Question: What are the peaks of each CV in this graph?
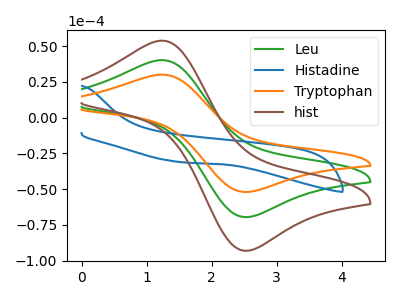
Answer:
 <answer>The green curve "Leu" has an anodic peak at (1.20V, 40.20uA) and a cathodic peak at (2.55V, -69.45uA). The blue curve "Histadine" has no peaks. The orange curve "Tryptophan" has an anodic peak at (1.20V, 30.05uA) and a cathodic peak at (2.55V, -51.90uA). The brown curve "hist" has an anodic peak at (1.20V, 80.40uA) and a cathodic peak at (2.55V, -138.90uA).</answer>
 <eval></eval>